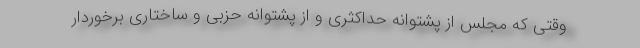
وقتی که مجلس از پشتوانه حداکثری و از پشتوانه حزبی و ساختاری برخوردار